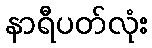
နာရီပတ်လုံး